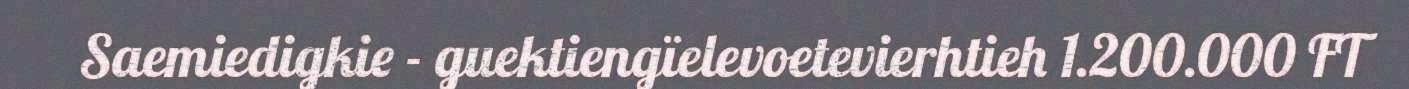
Saemiedigkie - guektiengïelevoetevierhtieh 1.200.000 FT